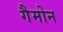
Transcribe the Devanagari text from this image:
गैमोन